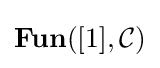
\mathbf {Fun} ([1],{\mathcal {C}})